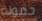
حمولة